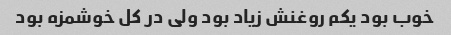
خوب بود یکم روغنش زیاد بود ولی در کل خوشمزه بود